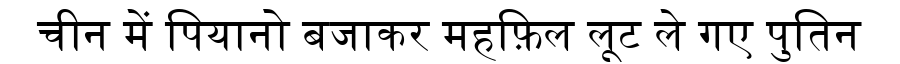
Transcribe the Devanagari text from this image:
चीन में पियानो बजाकर महफ़िल लूट ले गए पुतिन